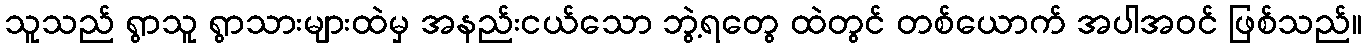
သူသည် ရွာသူ ရွာသားများထဲမှ အနည်းငယ်သော ဘွဲ့ရတွေ ထဲတွင် တစ်ယောက် အပါအဝင် ဖြစ်သည်။